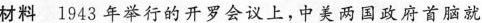
材料 1943年举行的开罗会议上，中美两国政府首脑就